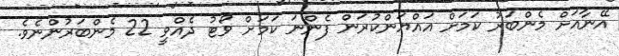
އޭނާއަށް މެންބަރު ކަމަށް އައްޔަންކުރަން ފެންނަ ކަމަށް ވޯޓު ދެއްވީ 22 މެންބަރުންނެވެ.